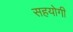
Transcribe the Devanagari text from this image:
सहयाेगी